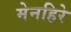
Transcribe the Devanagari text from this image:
मेनहिरे